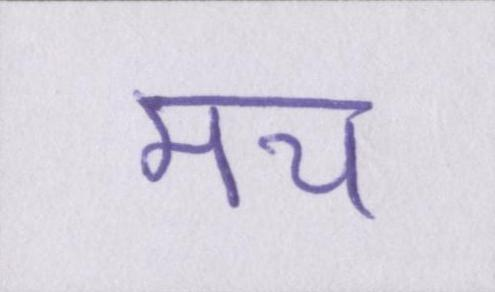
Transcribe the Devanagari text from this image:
मच